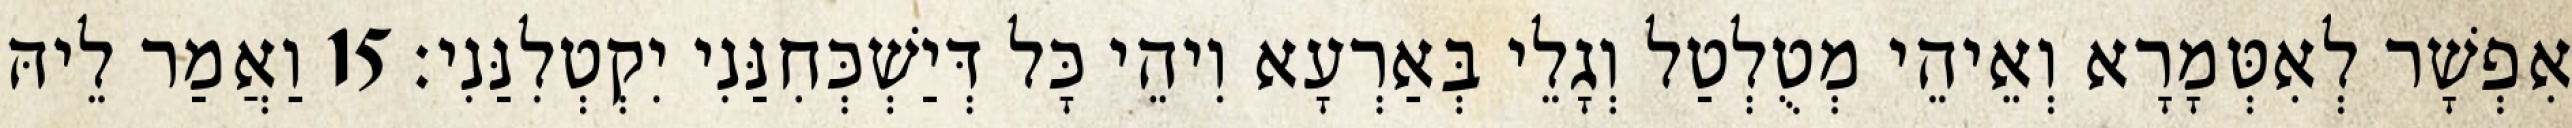
אִפְשָׁר לְאִטְּמָרָא וְאֵיהֵי מְטֻלְטַל וְגָלֵי בְּאַרְעָא וִיהֵי כָּל דְּיַשְׁכְּחִנַּנִי יִקְטְלִנַּנִי׃ 15 וַאֲמַר לֵיהּ